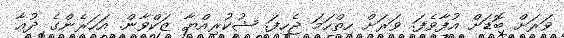
ވަރަށް ބޮޑަށް އުފާވެފަ. ވަރަށް ހިތްހަމަ ޖެހިފަ. ޝުކުރިއްޔާ ޒަކްވާން. އަހަރެންގެ ދުޢާ